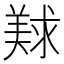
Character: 𰭛